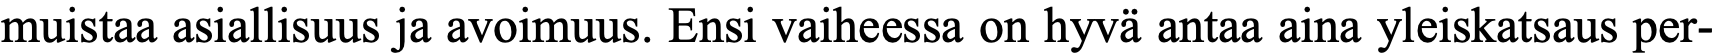
muistaa asiallisuus ja avoimuus. Ensi vaiheessa on hyvä antaa aina yleiskatsaus per-